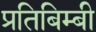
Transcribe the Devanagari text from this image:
प्रतिबिम्बी